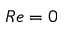
R e = 0